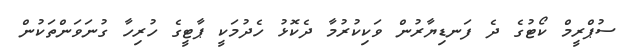
ސުޕްރީމް ކޯޓުގެ ދެ ފަނޑިޔާރުން ވަކިކުރުމާ ދެކޮޅު ހެދުމަކީ ޕާޓީގެ ހުރިހާ ގުނަވަންތަކުން